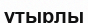
ұтырлы